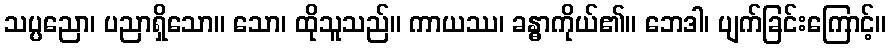
သပ္ပညော၊ ပညာရှိသော။ သော၊ ထိုသူသည်။ ကာယဿ၊ ခန္ဓာကိုယ်၏။ ဘေဒါ၊ ပျက်ခြင်းကြောင့်။